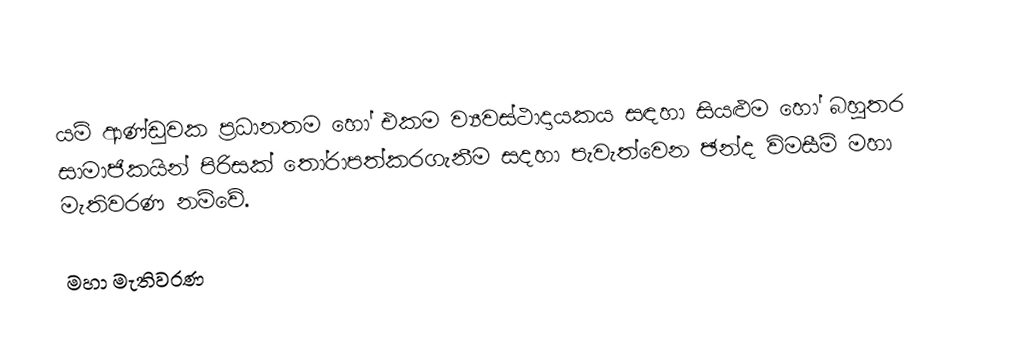
යම් ආණ්ඩුවක ප්‍රධානතම හෝ එකම ව්‍යවස්ථාදායකය සඳහා සියළුම හෝ බහුතර සාමාජිකයින් පිරිසක් තෝරාපත්කරගැනීම සදහා පැවැත්වෙන ඡන්ද විමසීම් මහා මැතිවරණ නම්වේ.

මහා මැතිවරණ